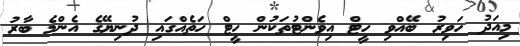
މިއަދު ހަވިރު ބޭއްވި ހީޓް އިވެންޓުތަކުން ހީޓް ހަތެއްގައި ދުނިޔޭގެ އެންމެ ބާރު